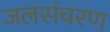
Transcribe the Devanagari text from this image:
जलसंचरण